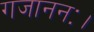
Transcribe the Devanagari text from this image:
गजाननः।